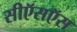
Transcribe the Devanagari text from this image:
सीऍसऍस